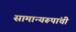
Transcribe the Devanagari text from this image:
सामान्यरूपांची